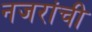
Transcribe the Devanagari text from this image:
नजरांची